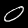
Digit: 0